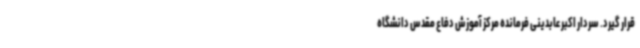
قرار گیرد. سردار اکبر عابدینی فرمانده مرکز آموزش دفاع مقدس دانشگاه